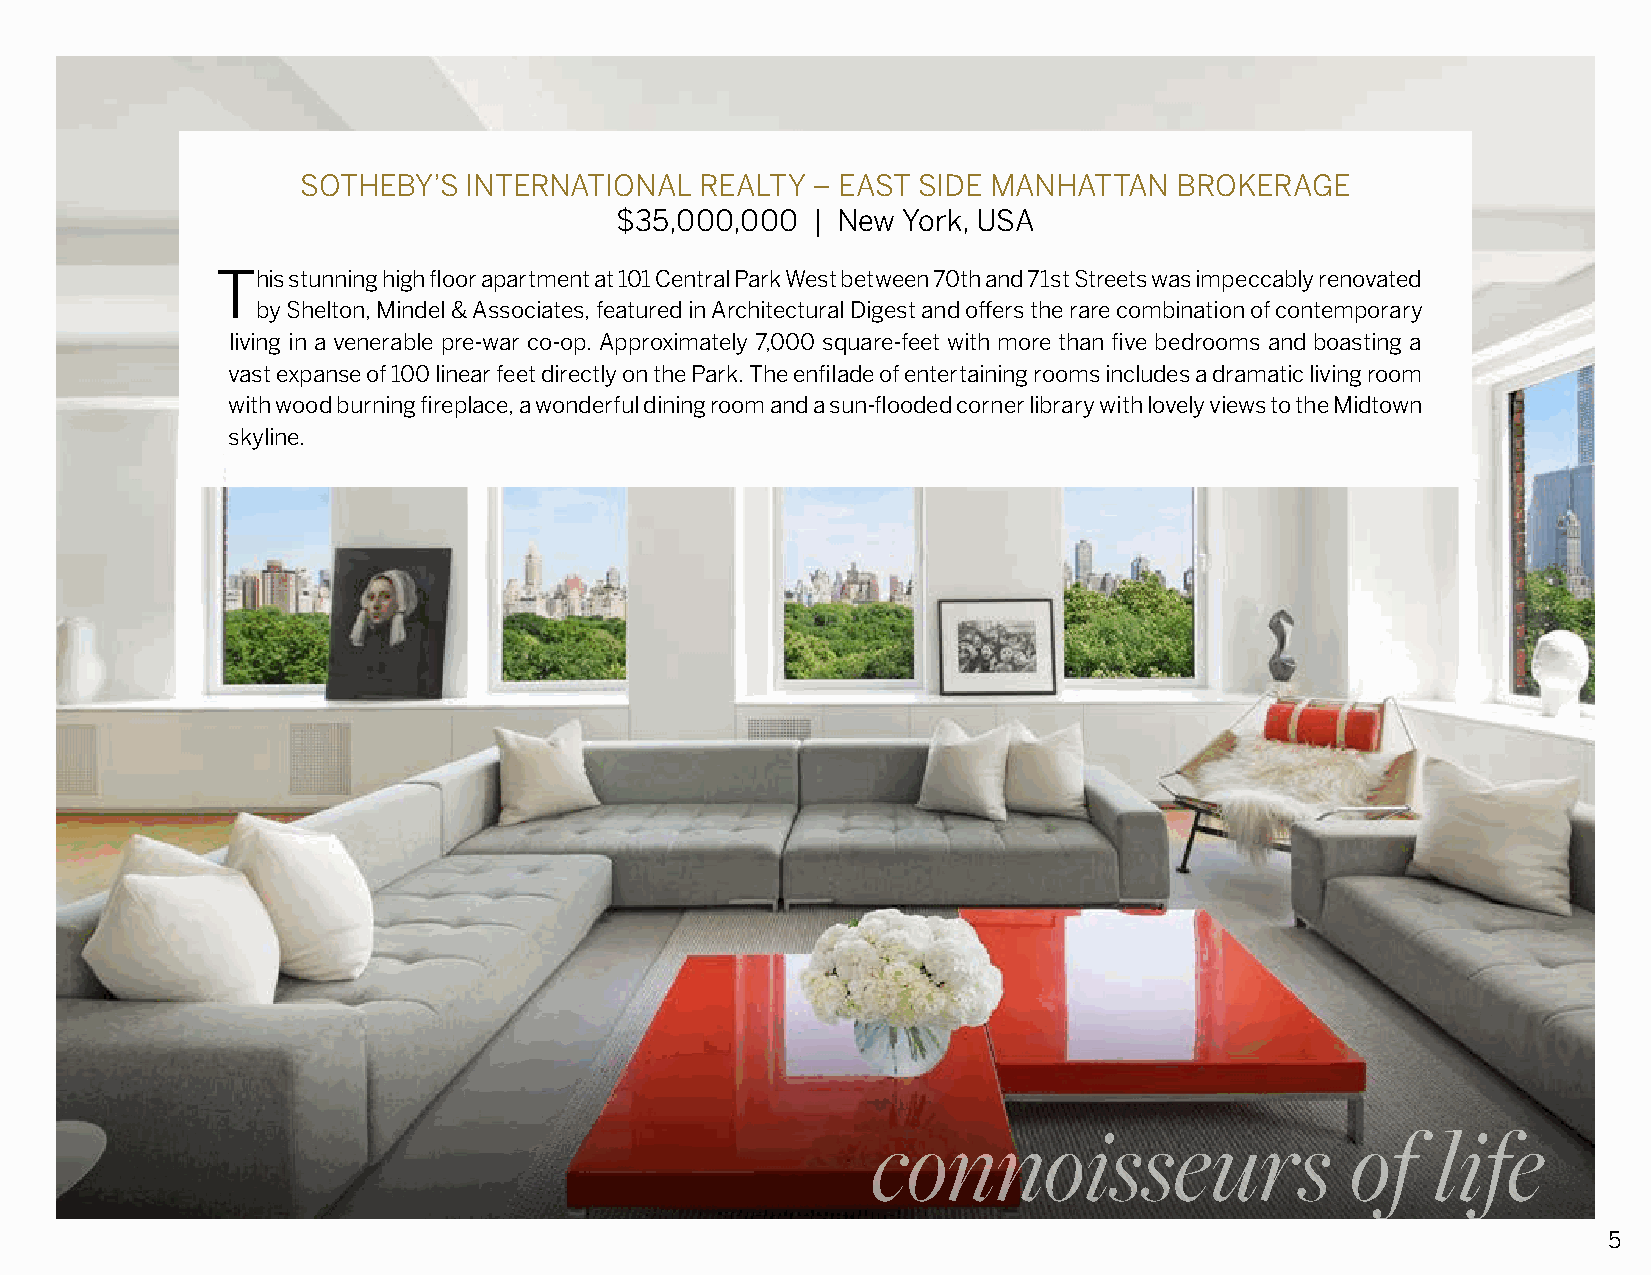
SOTHEBY’S  INTERNATIONAL  REALTY  – EAST SIDE MANHATTAN   BROKERAGE
 $35,000,000  | New York, USA
 This stunning high floor apartment at 101 Central Park West between 70th and 71st Streets was impeccably renovated
 by Shelton, Mindel & Associates, featured in Architectural Digest and offers the rare combination of contemporary
 living in a venerable pre-war co-op. Approximately 7,000 square-feet with more than five bedrooms and boasting a
 vast expanse of 100 linear feet directly on the Park. The enfilade of entertaining rooms includes a dramatic living room
 with wood burning fireplace, a wonderful dining room and a sun-flooded corner library with lovely views to the Midtown
 skyline.
 connoisseurs                   of    life
 5